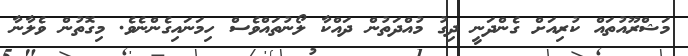
މަޝްރޫއުތައް ކުރިއަށް ގެންދަނީ ދިގު މުއްދަތުން ދައްކާ ލޯނުތައްވެސް ހިމަނައިގެންނެވެ. މިގޮތުން ވެލާނާ